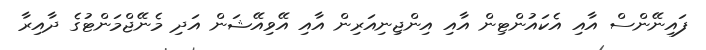
ފައިނޭންސް އާއި އެކައުންޓިން އާއި އިންޖިނިއަރިން އާއި އޭވިއޭޝަން އަދި މެނޭޖްމަންޓުގެ ދާއިރާ